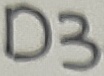
Text: D3